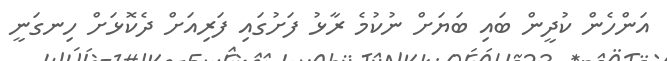
އަންހެން ކުދީން ބައި ބަޔަށް ނުކުމެ ރާޅު ފަށުގައި ފަރިއަށް ދެކޮޅަށް ހިނގަނީ